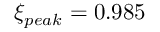
\xi _ { p e a k } = 0 . 9 8 5